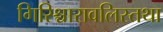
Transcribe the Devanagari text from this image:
गिरिश्चारावलिस्तथा